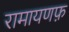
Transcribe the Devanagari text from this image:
रामायणफ़